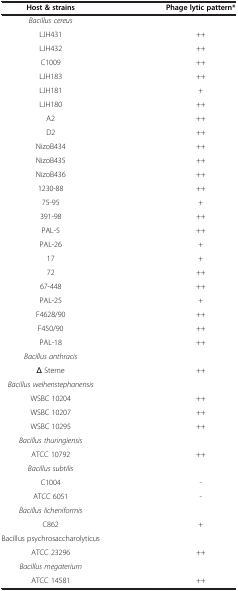
<table><thead><tr><td><b>Host &amp; strains</b></td><td><b>Phage lytic pattern*</b></td></tr></thead><tbody><tr><td><i>Bacillus cereus</i></td><td> </td></tr><tr><td>LJH431</td><td>++</td></tr><tr><td>LJH432</td><td>++</td></tr><tr><td>C1009</td><td>++</td></tr><tr><td>LJH183</td><td>++</td></tr><tr><td>LJH181</td><td>+</td></tr><tr><td>LJH180</td><td>++</td></tr><tr><td>A2</td><td>++</td></tr><tr><td>D2</td><td>++</td></tr><tr><td>NizoB434</td><td>++</td></tr><tr><td>NizoB435</td><td>++</td></tr><tr><td>NizoB436</td><td>++</td></tr><tr><td>1230-88</td><td>++</td></tr><tr><td>75-95</td><td>+</td></tr><tr><td>391-98</td><td>++</td></tr><tr><td>PAL-5</td><td>++</td></tr><tr><td>PAL-26</td><td>+</td></tr><tr><td>17</td><td>+</td></tr><tr><td>72</td><td>++</td></tr><tr><td>67-448</td><td>++</td></tr><tr><td>PAL-25</td><td>+</td></tr><tr><td>F4628/90</td><td>++</td></tr><tr><td>F450/90</td><td>++</td></tr><tr><td>PAL-18</td><td>++</td></tr><tr><td><i>Bacillus anthracis</i></td><td> </td></tr><tr><td>Δ Sterne</td><td>++</td></tr><tr><td><i>Bacillus weihenstephanensis</i></td><td> </td></tr><tr><td>WSBC 10204</td><td>++</td></tr><tr><td>WSBC 10207</td><td>++</td></tr><tr><td>WSBC 10295</td><td>++</td></tr><tr><td><i>Bacillus thuringiensis</i></td><td> </td></tr><tr><td>ATCC 10792</td><td>++</td></tr><tr><td><i>Bacillus subtilis</i></td><td> </td></tr><tr><td>C1004</td><td>-</td></tr><tr><td>ATCC 6051</td><td>-</td></tr><tr><td><i>Bacillus licheniformis</i></td><td> </td></tr><tr><td>C862</td><td>+</td></tr><tr><td>Bacillus psychrosaccharolyticus</td><td> </td></tr><tr><td>ATCC 23296</td><td>++</td></tr><tr><td><i>Bacillus megaterium</i></td><td> </td></tr><tr><td>ATCC 14581</td><td>++</td></tr></tbody></table>